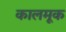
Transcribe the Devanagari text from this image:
कालमूक